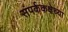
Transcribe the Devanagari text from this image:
संपर्ककक्षेच्या